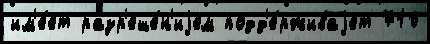
им'е́ет разр'еше́н'иjем подд'е́рживаjет 710